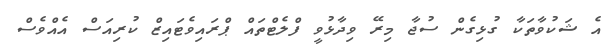
އެ ޝަކުވާތަކާ ގުޅިގެން ސުޖާ މިރޭ ވިދާޅުވީ ފްލެޓްތައް ޕްރައިވެޓައިޒް ކުރިއަސް އެއްވެސް